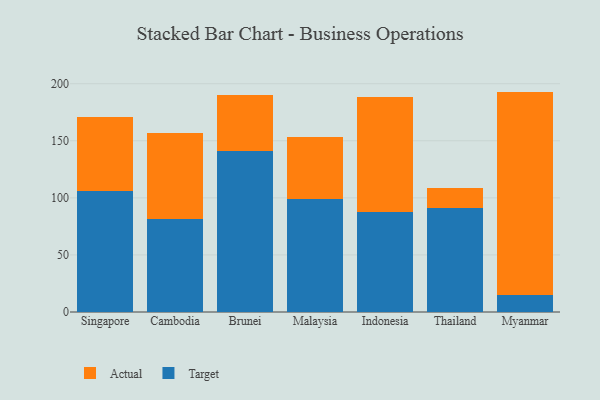
{"axis": {"x": "Country", "y": "Satisfaction Score"}, "legend": ["Actual", "Target"], "data": [{"x": "Singapore", "y": 106.1, "type": "Target"}, {"x": "Singapore", "y": 64.7, "type": "Actual"}, {"x": "Cambodia", "y": 81.6, "type": "Target"}, {"x": "Cambodia", "y": 75.4, "type": "Actual"}, {"x": "Brunei", "y": 140.7, "type": "Target"}, {"x": "Brunei", "y": 49.1, "type": "Actual"}, {"x": "Malaysia", "y": 99.0, "type": "Target"}, {"x": "Malaysia", "y": 54.0, "type": "Actual"}, {"x": "Indonesia", "y": 88.0, "type": "Target"}, {"x": "Indonesia", "y": 100.3, "type": "Actual"}, {"x": "Thailand", "y": 90.9, "type": "Target"}, {"x": "Thailand", "y": 18.0, "type": "Actual"}, {"x": "Myanmar", "y": 15.1, "type": "Target"}, {"x": "Myanmar", "y": 178.0, "type": "Actual"}]}